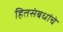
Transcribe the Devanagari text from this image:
हितसंबधांचे